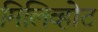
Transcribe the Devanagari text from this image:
मिलिव्होट